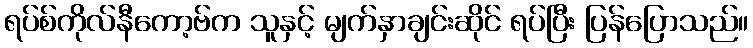
ရပ်စ်ကိုလ်နီကော့ဗ်က သူနှင့် မျက်နှာချင်းဆိုင် ရပ်ပြီး ပြန်ပြောသည်။